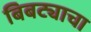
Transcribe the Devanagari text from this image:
बिबट्याचा